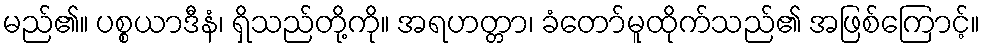
မည်၏။ ပစ္စယာဒီနံ၊ ရှိသည်တို့ကို။ အရဟတ္တာ၊ ခံတော်မူထိုက်သည်၏ အဖြစ်ကြောင့်။